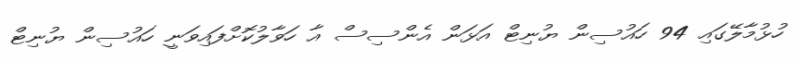
ހުޅުމާލޭގައި 94 ހައުސިން ޔުނިޓް އަޅަން އެންސިސް އާ ހަވާލުކޮށްފައިވަނީ ހައުސިން ޔުނިޓް